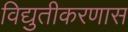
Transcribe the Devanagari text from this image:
विद्युतीकरणास